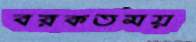
বরকতময়